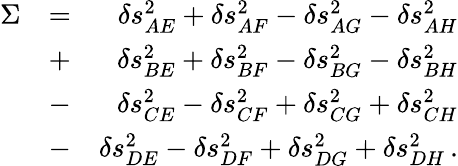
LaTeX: \begin{array}{rlr}{\Sigma}&{=}&{\delta s_{AE}^{2}+\delta s_{AF}^{2}-\delta s_{AG}^{2}-\delta s_{AH}^{2}}\\ &{+}&{\delta s_{BE}^{2}+\delta s_{BF}^{2}-\delta s_{BG}^{2}-\delta s_{BH}^{2}}\\ &{-}&{\delta s_{CE}^{2}-\delta s_{CF}^{2}+\delta s_{CG}^{2}+\delta s_{CH}^{2}}\\ &{-}&{\delta s_{DE}^{2}-\delta s_{DF}^{2}+\delta s_{DG}^{2}+\delta s_{DH}^{2}\, .}\end{array}